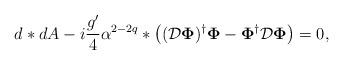
LaTeX: \begin{align*}d*dA -i\frac{g^\prime}{4} \alpha^{2-2q} *\left ( ({\cal{D}} {\bf\Phi})^{\dagger} {\bf \Phi} - {\bf \Phi}^{\dagger} {\cal{D}} {\bf\Phi} \right ) = 0 ,\end{align*}